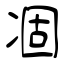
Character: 凅